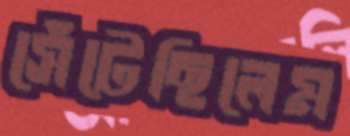
সেঁটেছিলেম